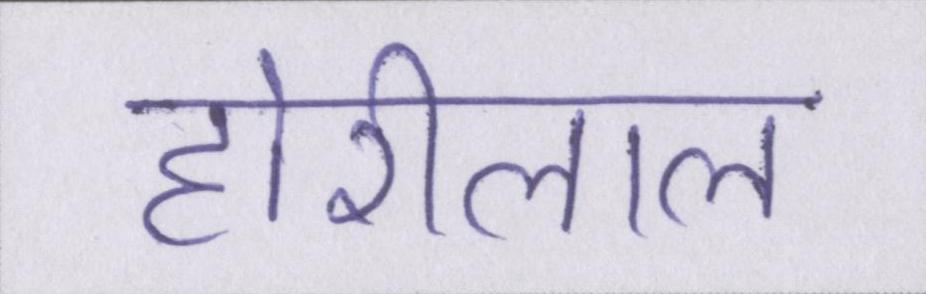
होरीलाल